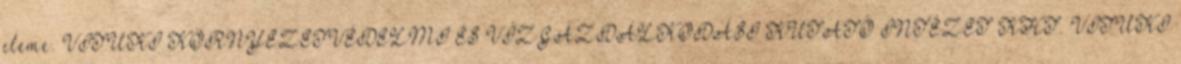
eleme. VITUKI KÖRNYEZETVÉDELMI ÉS VÍZGAZDÁLKODÁSI KUTATÓ INTÉZET KHT. VITUKI